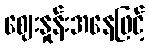
ဈေးနှုန်းအနေဖြင့်